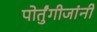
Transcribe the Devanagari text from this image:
पोर्तुंगीजांनी